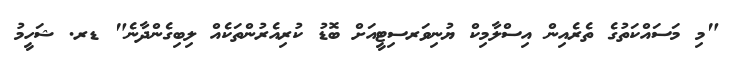
"މި މަސައްކަތުގެ ތެރެއިން އިސްލާމިކް ޔުނިވަރސިޓީއަށް ބޮޑު ކުރިއެރުންތަކެއް ލިބިގެންދާނެ" ޑރ. ޝަހީމު